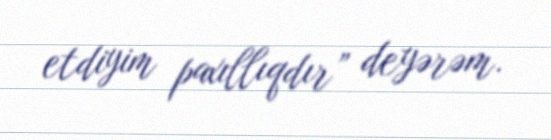
etdiyim paxıllıqdır” deyərəm.